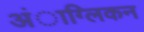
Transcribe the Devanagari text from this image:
अंाग्लिकन